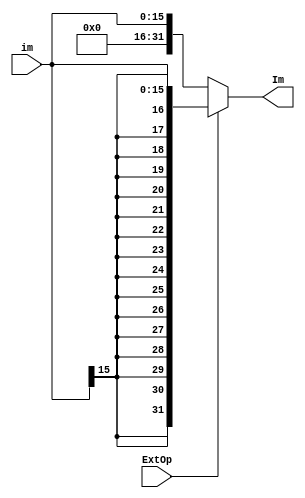
module extender (
    im,
    Im,
    ExtOp
);
    input   [15:0]  im;
    input           ExtOp;
    output  [31:0]  Im;

    assign Im = ExtOp == 1'b0 ? {16'b0, im} : {{16{im[15]}}, im};

endmodule //extender